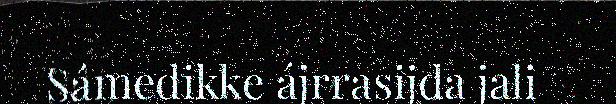
Sámedikke ájrrasijda jali